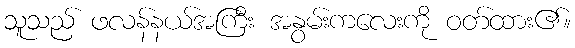
သူသည် ဖလန်နယ်အကြီး အနွမ်းကလေးကို ဝတ်ထား၏။